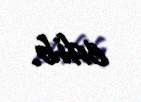
edib.